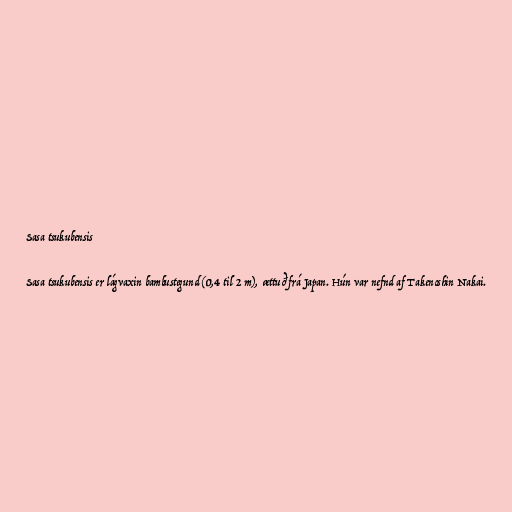
Sasa tsukubensis

Sasa tsukubensis er lágvaxin bambustegund (0,4 til 2 m), ættuð frá Japan. Hún var nefnd af Takenoshin Nakai.